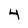
Character: 4